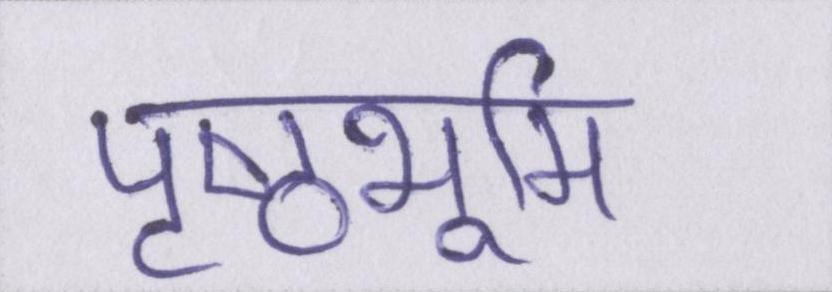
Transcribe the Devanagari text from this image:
पृष्ठभूमि